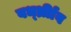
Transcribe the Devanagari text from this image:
वर्ध्ध्रीाव